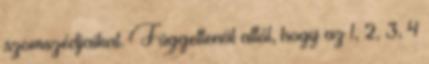
szomszédjaikat. Függetlenül attól, hogy az 1, 2, 3, 4